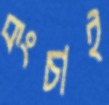
কংচাই